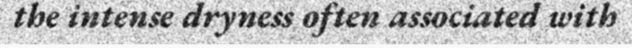
the intense dryness often associated with